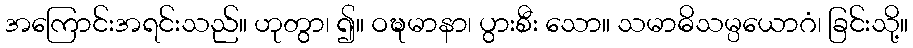
အကြောင်းအရင်းသည်။ ဟုတွာ၊ ၍။ ဝဍ္ဎမာနာ၊ ပွားစီး သော။ သမာဓိသမ္ပယောဂံ၊ ခြင်းသို့။